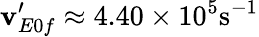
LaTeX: \mathbf{v}_{E0f}^{\prime}\approx4.40\times10^{5}\mathrm{{s^{-1}}}